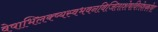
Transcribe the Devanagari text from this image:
वेषाभिलक्ष्यस्वभवनविजिताशेषवित्तेशकोषा